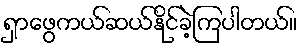
ရှာဖွေကယ်ဆယ်နိုင်ခဲ့ကြပါတယ်။